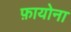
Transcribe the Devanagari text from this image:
फ़ायोना